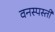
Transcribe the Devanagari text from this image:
वनस्पस्ती